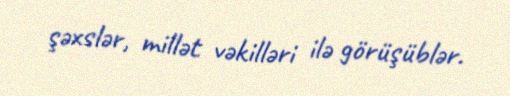
şəxslər, millət vəkilləri ilə görüşüblər.